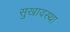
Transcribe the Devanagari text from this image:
सुखावस्था